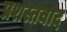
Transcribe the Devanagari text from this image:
प्रशस्तवाद